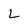
Character: L